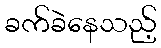
ခက်ခဲနေသည့်